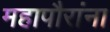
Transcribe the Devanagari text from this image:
महापौरांना